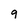
Character: 9